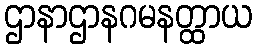
ဌာနာဌာနဂမနတ္ထာယ